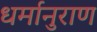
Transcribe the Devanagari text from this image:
धर्मानुराण